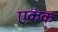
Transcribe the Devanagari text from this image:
एकंक